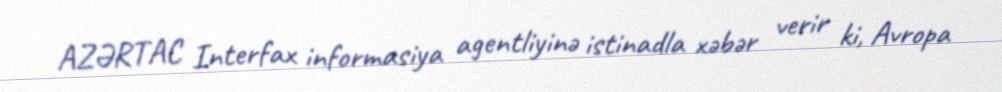
AZƏRTAC Interfax informasiya agentliyinə istinadla xəbər verir ki, Avropa